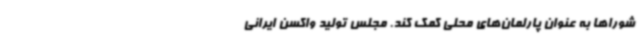
شوراها به عنوان پارلمان‌های محلی کمک کند. مجلس تولید واکسن ایرانی